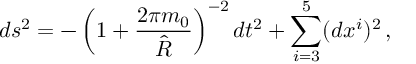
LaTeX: d s ^ { 2 } = - \left( 1 + { \frac { 2 \pi m _ { 0 } } { \hat { R } } } \right) ^ { - 2 } d t ^ { 2 } + \sum _ { i = 3 } ^ { 5 } ( d x ^ { i } ) ^ { 2 } \, ,